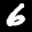
Label: 6